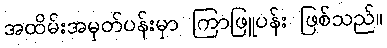
အထိမ်းအမှတ်ပန်းမှာ ကြာဖြူပန်း ဖြစ်သည်။